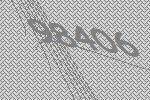
98406